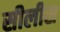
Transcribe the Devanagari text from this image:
सीलीस